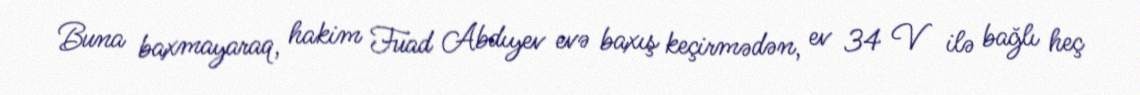
Buna baxmayaraq, hakim Fuad Abdıyev evə baxış keçirmədən, ev 34 V ilə bağlı heç